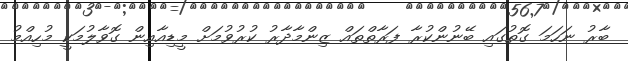
ބާރު ނަހަމަ ގޮތުގައި ބޭނުންކުރާ ފަރާތްތައް ޒިންމާދާރު ކުރުވުމަށް މީޑިއާއިން ގޮވާލުމަކީ މުހިއްމު